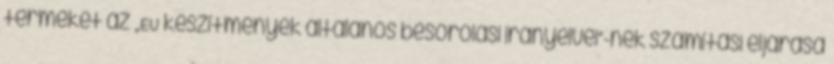
terméket az „EU készítmények általános besorolási irányelvei”-nek számítási eljárása